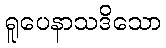
ရူပေနာသဒိသော